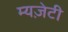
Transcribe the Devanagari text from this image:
म्यज़ेटी